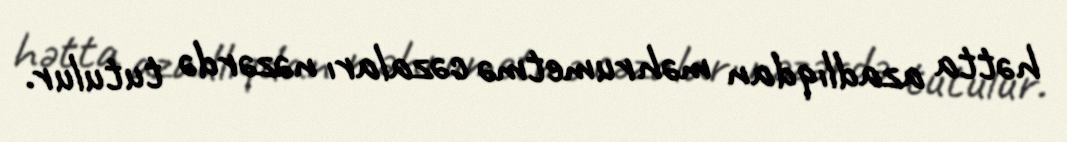
hətta azadlıqdan məhrumetmə cəzaları nəzərdə tutulur.